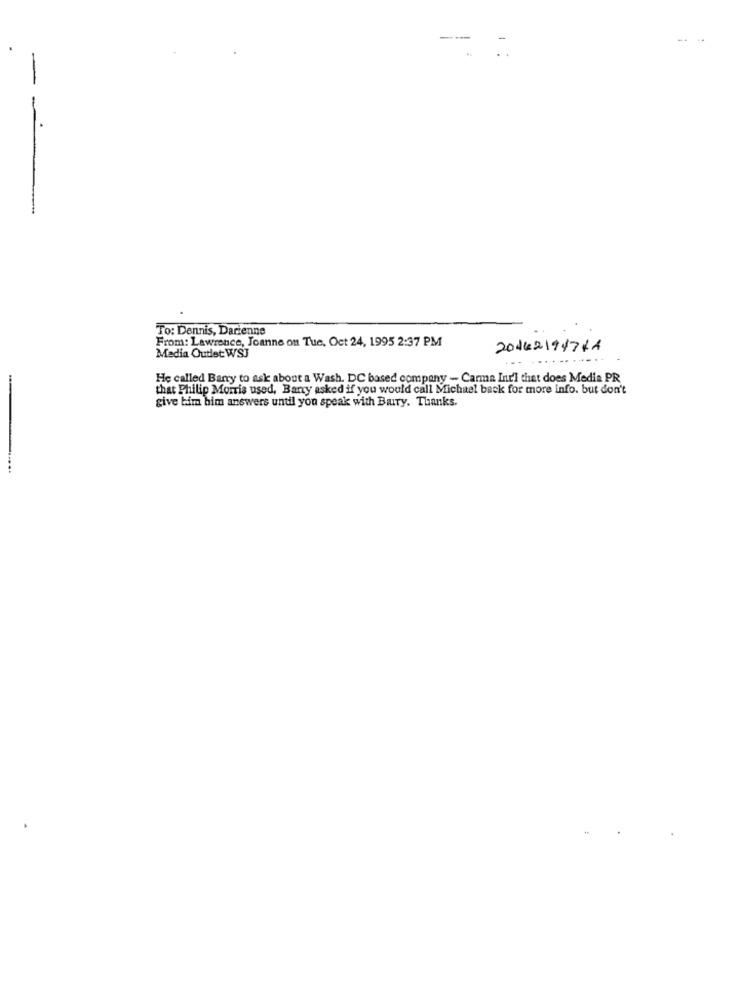
To: Dennis, Darienne
From: Lawrence, Joanne on Tue, Oct 24, 1995 2:37 PM
20142194711
Media Outlet WSJ
He called Barry to ask about a Wash. DC based company - Carma Int'l that does Media PR
that Philip Morris used, Barry asked if you would call Michael back for more info. but don't
give him him answers until you speak with Bary. Thanks.
....